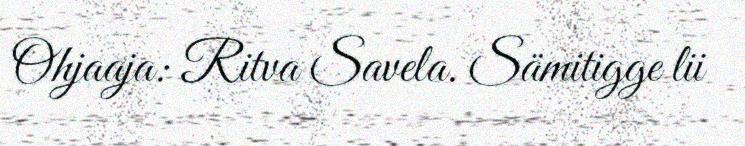
Ohjaaja: Ritva Savela. Sämitigge lii